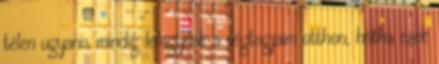
télen ugyanis mindig lefagynak a végtagjaim otthon, hátha ezek